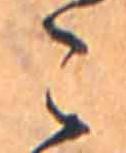
こ